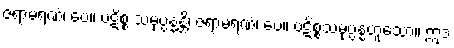
ဇရာမရဏံ၊ ပေ။ ပဋိစ္စ သမုပ္ပန္နန္တိ၊ ဇရာမရဏံ၊ ပေ။ ပဋိစ္စသမုပ္ပန္နံဟူသော။ ဣဒံ